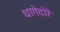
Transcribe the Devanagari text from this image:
धागेदोरे